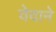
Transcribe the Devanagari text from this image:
वेदाने